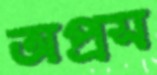
অপ্রস